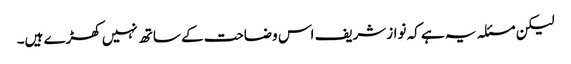
لیکن مسئلہ یہ ہے کہ نوازشریف اس وضاحت کے ساتھ نہیں کھڑے ہیں۔